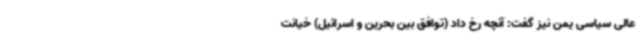
عالی سیاسی یمن نیز گفت: آنچه رخ داد (توافق بین بحرین و اسرائیل) خیانت